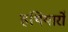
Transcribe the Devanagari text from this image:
हथियारो॑